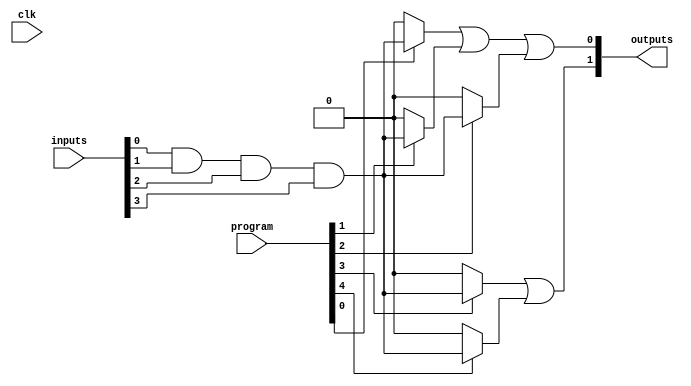
module CLB (
    input [N-1:0] inputs,     // N input lines
    input [M-1:0] program,    // Programmable connections for AND gates
    input clk,                // Control signal (for potential timing purposes)
    output reg [P-1:0] outputs // P output lines
);

parameter N = 4; // Number of input lines
parameter M = 8; // Number of AND gates (product terms)
parameter P = 2; // Number of output lines

// Internal wire to hold the outputs of AND gates
wire [M-1:0] and_outputs;

// AND gates: Each AND gate can be programmed to respond to input signals based on the program signal
genvar i;
generate
    for (i = 0; i < M; i = i + 1) begin: and_gates
        assign and_outputs[i] = (program[i] == 1'b1) ? (inputs[0] & inputs[1] & inputs[2] & inputs[3] /* Add combinations based on the program */) : 0;
        // You need to customize the above logic for the actual combinations based on the programming
    end
endgenerate

// OR gates: Combine the outputs of the AND gates to produce final outputs
always @(*) begin
    outputs[0] = and_outputs[0] | and_outputs[1] | and_outputs[2]; // Program this as needed
    outputs[1] = and_outputs[3] | and_outputs[4]; // Program this as needed
end

endmodule